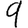
Digit: 9